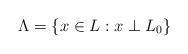
LaTeX: \begin{align*}\Lambda = \{ x\in L : x \perp L_0 \}\end{align*}